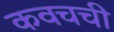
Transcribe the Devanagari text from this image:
कवचची